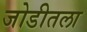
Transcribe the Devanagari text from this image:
जोडीतला